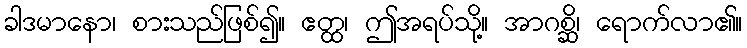
ခါဒမာနော၊ စားသည်ဖြစ်၍။ ဧတ္ထ၊ ဤအရပ်သို့။ အာဂစ္ဆိ၊ ရောက်လာ၏။